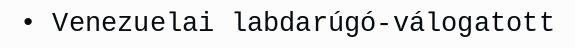
• Venezuelai labdarúgó-válogatott